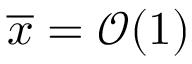
\overline { { x } } = \mathcal { O } ( 1 )